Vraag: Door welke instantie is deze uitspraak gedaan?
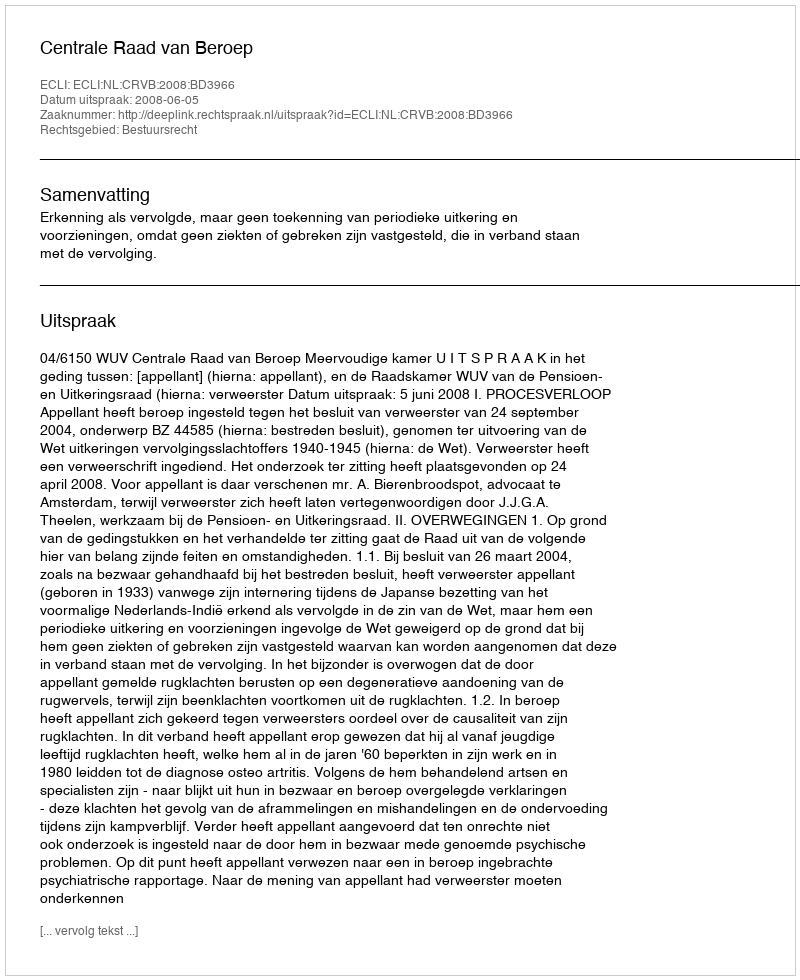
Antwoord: Centrale Raad van Beroep